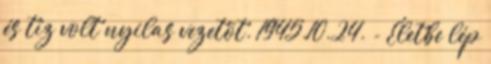
és tíz volt nyilas vezetõt. 1945.10.24. - Életbe lép